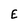
Character: E